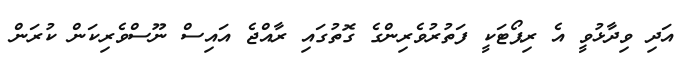
އަދި ވިދާޅުވީ އެ ރިޕޯޓަކީ ފަތުރުވެރިންގެ ގޮތުގައި ރާއްޖެ އައިސް ނޫސްވެރިކަން ކުރަން